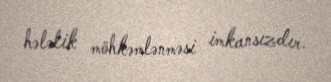
hələlik möhkəmlənməsi imkansızdır.